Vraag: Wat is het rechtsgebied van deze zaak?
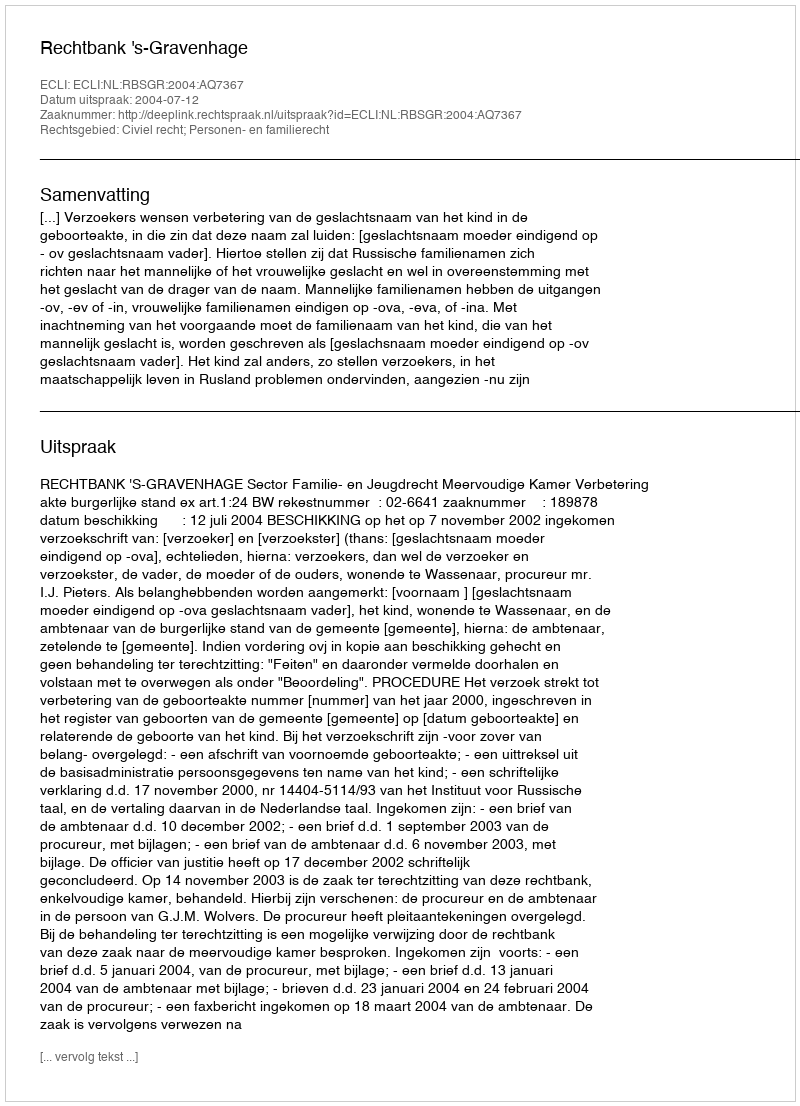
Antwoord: Civiel recht; Personen- en familierecht